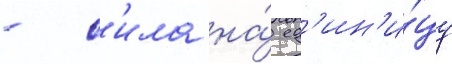
- с'ила на́ ед'ин'и́цу